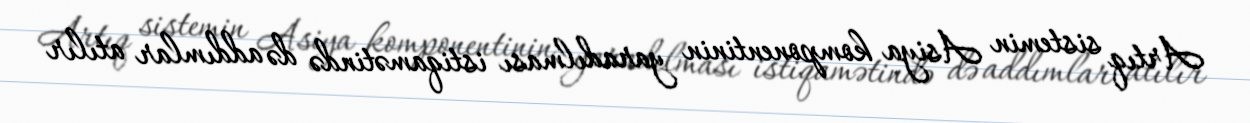
Artıq sistemin Asiya komponentinin yaradılması istiqamətində də addımlar atılır